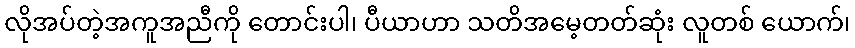
လိုအပ်တဲ့အကူအညီကို တောင်းပါ၊ ပီယာဟာ သတိအမေ့တတ်ဆုံး လူတစ် ယောက်၊